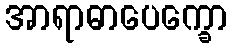
အာရာဓာပေက္ခော